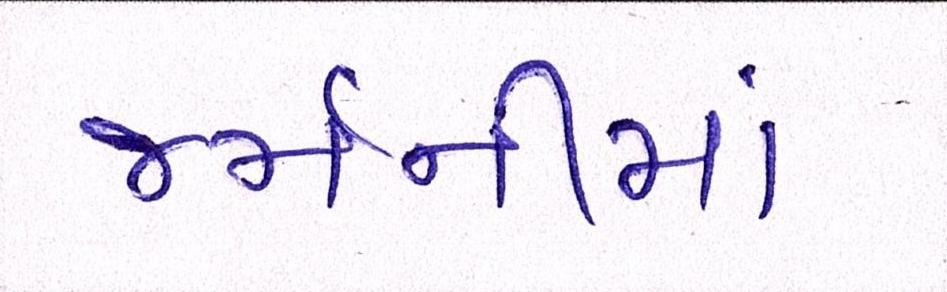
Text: જર્મનીમાં